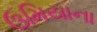
ઉમિયાના